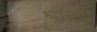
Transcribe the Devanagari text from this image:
श्वारटू